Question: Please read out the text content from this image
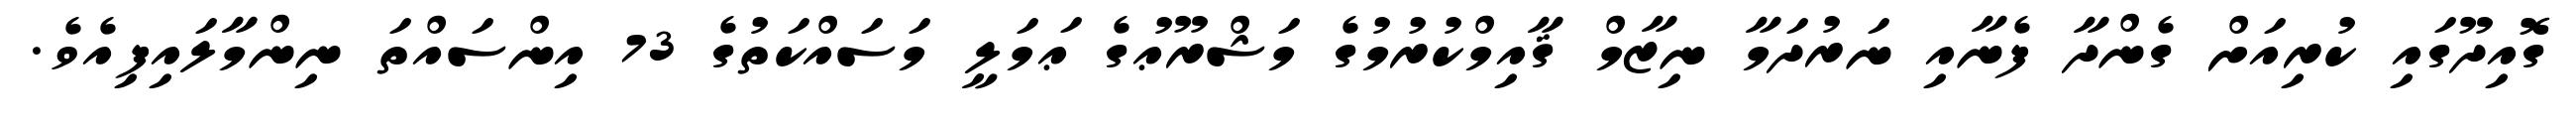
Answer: ގޮއިދޫގައި ކުރިއަށް ގެންދާ ފެނާއި ނަރުދަމާ ނިޒާމް ޤާއިމްކުރުމުގެ މަޝްރޫޢުގެ ޢަމަލީ މަސައްކަތުގެ 73 އިންސައްތަ ނިންމާލައިފިއެވެ.